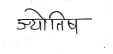
मजकूर: ज्योतिष